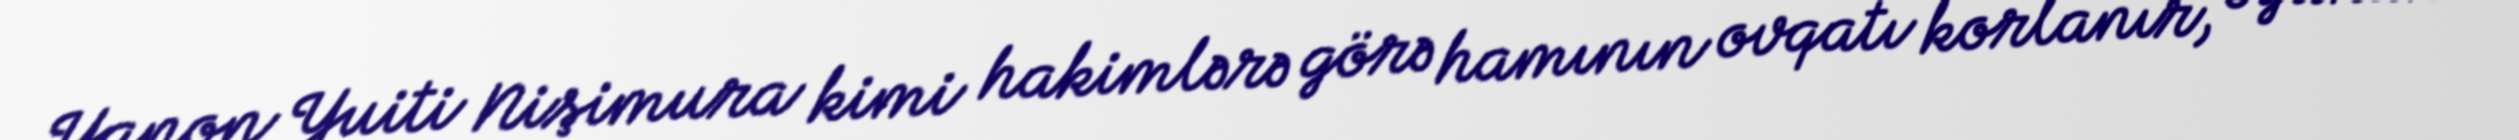
Yapon Yuiti Nişimura kimi hakimlərə görə hamının ovqatı korlanır, oyunun